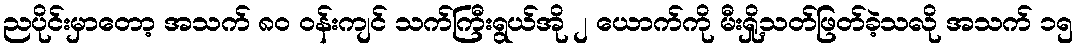
ညပိုင်းမှာတော့ အသက် ၈၀ ဝန်းကျင် သက်ကြီးရွယ်အို ၂ ယောက်ကို မီးရှို့သတ်ဖြတ်ခဲ့သလို အသက် ၁၅